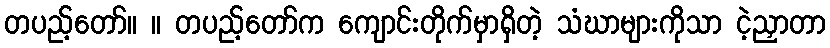
တပည့်တော်။ ။ တပည့်တော်က ကျောင်းတိုက်မှာရှိတဲ့ သံဃာများကိုသာ ငဲ့ညှာတာ